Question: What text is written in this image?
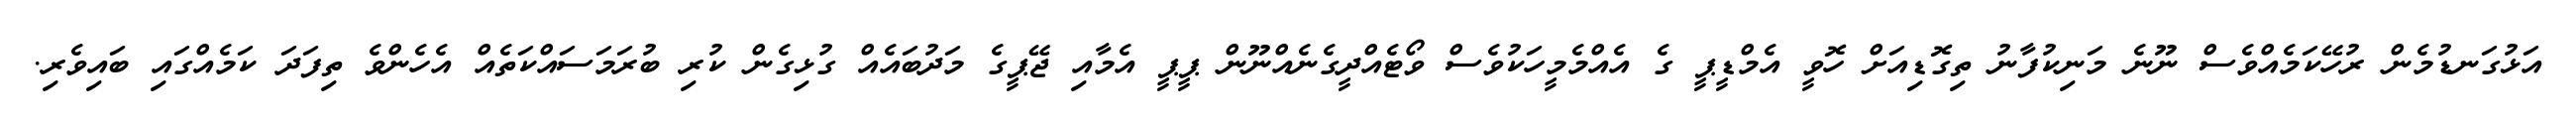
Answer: އަޅުގަނޑުމެން ރުހޭކަމެއްވެސް ނޫނެ މަނިކުފާނު ތިގޮޑިއަށް ހޮވީ އެމްޑީޕީ ގެ އެއްމެމީހަކުވެސް ވޯޓެއްދީގެނެއްނޫން ޕީޕީ އެމާއި ޖޭޕީގެ މަދުބައެއް ގުޅިގެން ކުރި ބުރަމަސައްކަތެއް އެހެންވެ ތިފަދަ ކަމެއްގައި ބައިވެރި.